Civil Veterinary Department Bihar & Orissa reports 1922-29 - 1922-1929
Year: 1922
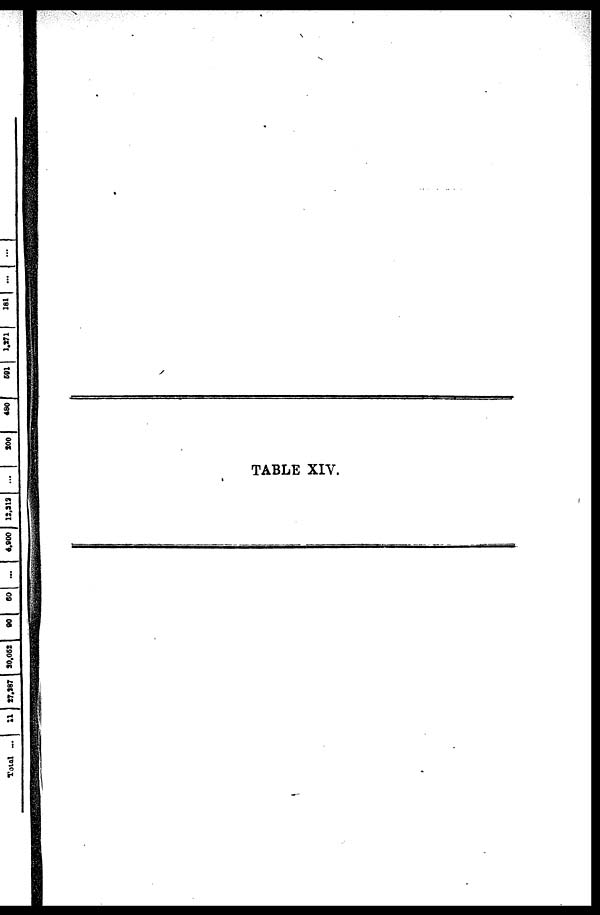
TABLE XIV.